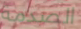
الصدمة